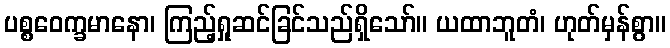
ပစ္စဝေက္ခမာနော၊ ကြည့်ရှုဆင်ခြင်သည်ရှိသော်။ ယထာဘူတံ၊ ဟုတ်မှန်စွာ။